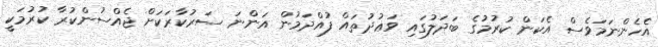
އެހެންނަމަވެސް އެކަން ކުރުމުގެ ބަދަލުގައި ވަޢުދުތައް ފުއްދަމުން އަންނަ ސަރުކާރަކަށް ޖެއްސުންކުރާ ކުރުމަކީ